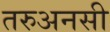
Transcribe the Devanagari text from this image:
तरुअनसी